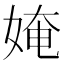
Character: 㛪